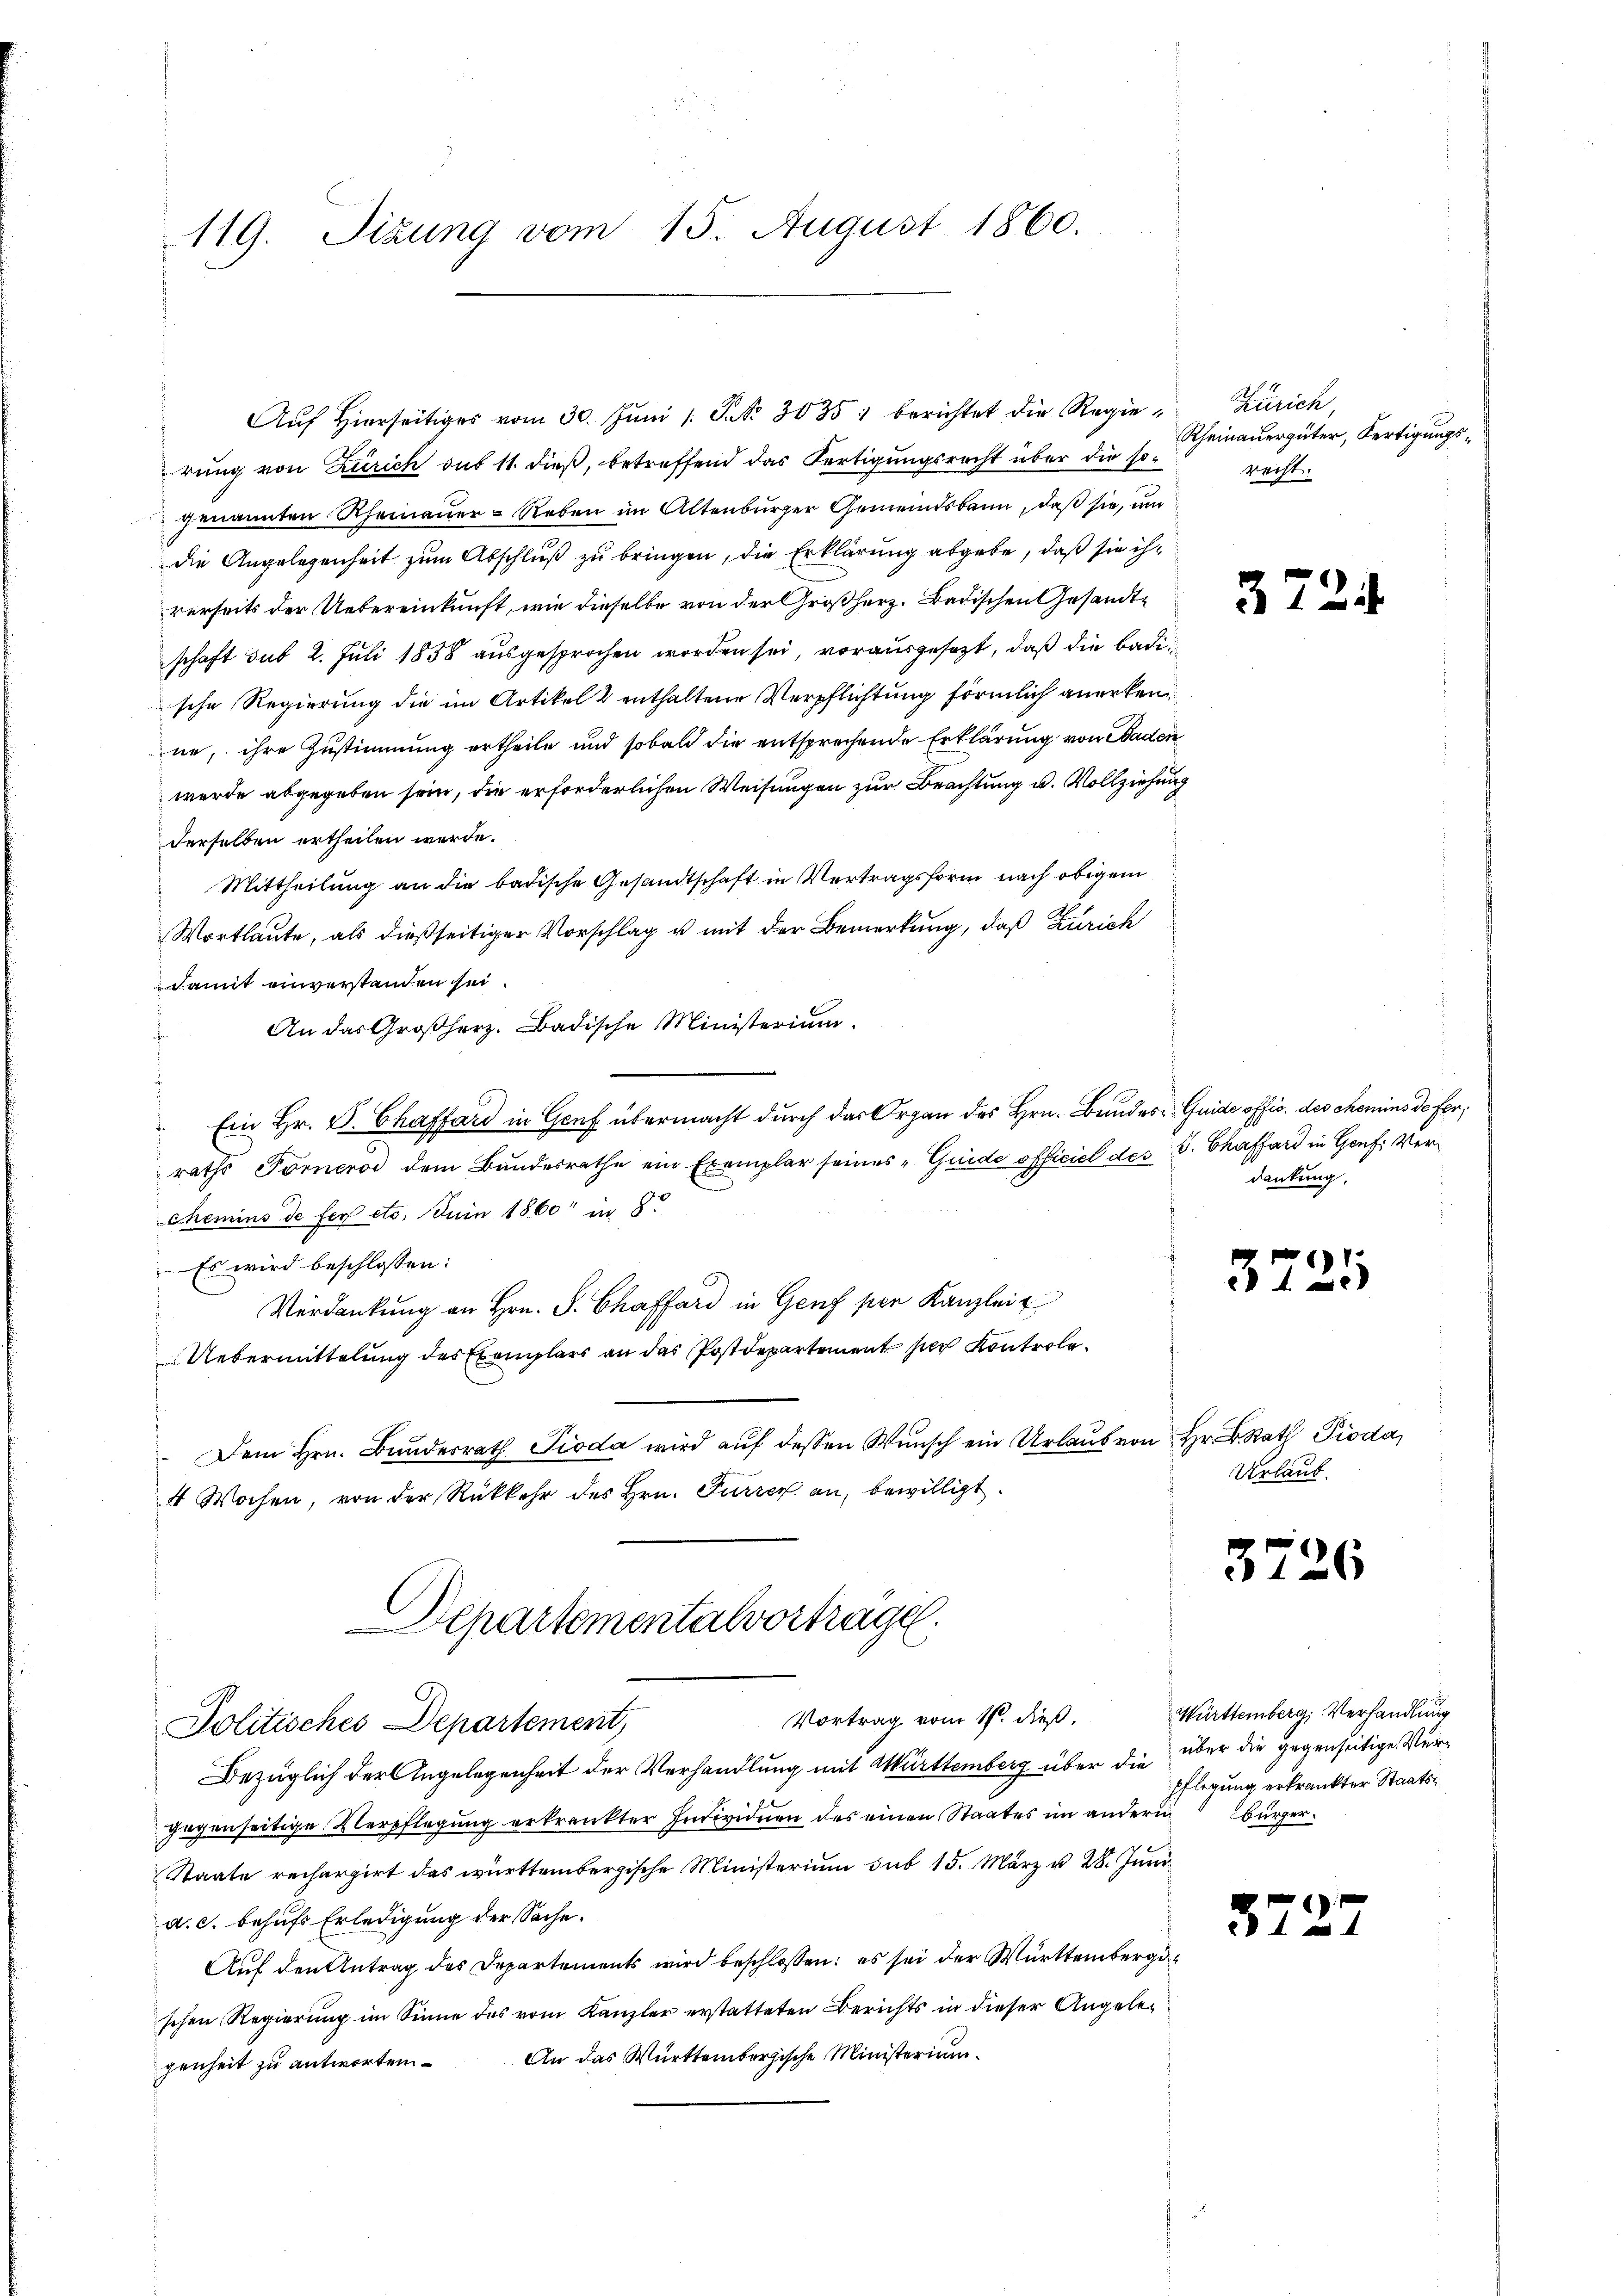
119. Sizung vom 15. August 1860.

Auf hierseitiges vom 30. Juni / P. Nr. 3035 : berichtet die Regierung von Zürich aus 11. dieß, betreffend das Fertigungsrecht über die sogenannten Rheinauer- Reben im Altenburger Gemeindsbann, daß sie, um
die Angelegenheit zum Abschluß zu bringen, die Erklärung abgebe, daß sie ihrerseits der Uebereinkunft, wie dieselbe von der Großherz. Badischen Gesandtschaft sub 2. Juli 1858 ausgesprochen worden sei, vorausgesetzt, daß die Badische Regierung die im Artikel 2 enthaltene Verpflichtung förmlich anerkenne, ihre Zustimmung ertheile und sobald die entsprechende Erklärung von Baden
werde abgegeben sein, die erforderlichen Weisungen zur Beachtung u. Vollziehung
derselben ertheilen werde.
Mittheilung an die badische Gesandtschaft in Vertragsform nach obigem
Wortlaute, als dießseitiger Vorschlag u mit der Bemerkung, daß Zürich
damit einverstanden sei.
An das Großherz. Badische Ministerium.
Ein Hr. V. Chaffard in Genf übermacht durch das Organ des Hrn. Bundes Guide offic. des chemins de ferraths Forneros dem Bundesrathe ein Exemplar seines „Guide officiel des C. Chaffard in Genf Ver¬
Chemins de fert etc. Juin 1860 in 8.
Es wird beschlossen:
Verdankung an Hrn. F. Chaffer in Genf per Kanzlei
Uebermittelung des Exemplars an das Postdepartement per Kontrole
 Dem Hrn. Bundesrath Pioda wird auf dessen Wunsch ein Urlaub von Hr. B. Rath Pioda,
4 Wochen, von der Rückkehr des Hrn. Furrer an, bewilligt.

Departementalvorträge.

Vortrag vom 11ten dieß.
Politisches Departement,
Bezüglich der Angelegenheit der Verhandlung mit Württemberg über die über die gegenseitige Vergegenseitige Verpflegung erkrankter Individuen des einen Staates im andern
Staate rechargirt das württembergische Ministerium sub 15. März u. 28. Juni
a. c. behufs Erledigung der Sache.
Auf den Antrag des Departements wird beschlossen: es sei der Württembergischen Regierung im Sinne des vom Kanzler erstatteten Berichts in dieser Angele¬
An das Württembergische Ministerium
genheit zu antworten

Zürich,
Rheinauergüter, Fertigungsrecht.

3

dankung.

3721

Urlaub.

3

37

)

26

Württemberg, Verhandlung
Pflegung erkrankter Staats¬
Bürger.